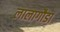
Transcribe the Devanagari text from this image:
लालागौडा